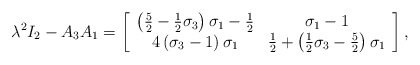
\begin{align*}\lambda^{2}I_{2}-A_{3}A_{1}=\left[\begin{array}[c]{cc}\left( \frac{5}{2}-\frac{1}{2}\sigma_{3}\right) \sigma_{1}-\frac{1}{2} &\sigma_{1}-1\\4\left( \sigma_{3}-1\right) \sigma_{1} & \frac{1}{2}+\left( \frac{1}{2}\sigma_{3}-\frac{5}{2}\right) \sigma_{1}\end{array}\right] ,\end{align*}